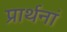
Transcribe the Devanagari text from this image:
प्रार्थनां